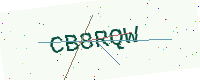
Text: CB8RQW